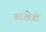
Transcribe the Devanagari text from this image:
तटक्षेत्रों